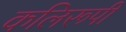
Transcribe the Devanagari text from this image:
कलिरूपी